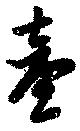
台